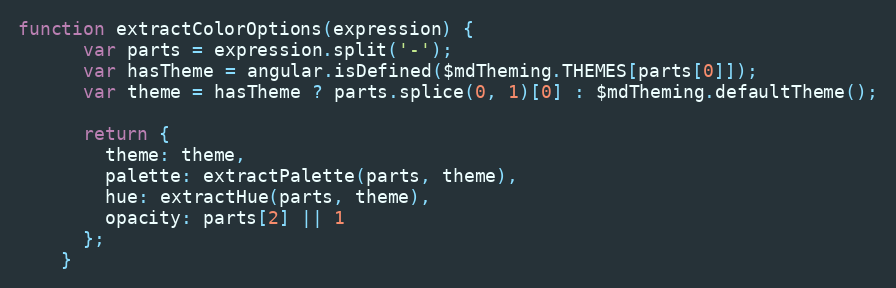
Language: JavaScript
function extractColorOptions(expression) {
      var parts = expression.split('-');
      var hasTheme = angular.isDefined($mdTheming.THEMES[parts[0]]);
      var theme = hasTheme ? parts.splice(0, 1)[0] : $mdTheming.defaultTheme();

      return {
        theme: theme,
        palette: extractPalette(parts, theme),
        hue: extractHue(parts, theme),
        opacity: parts[2] || 1
      };
    }